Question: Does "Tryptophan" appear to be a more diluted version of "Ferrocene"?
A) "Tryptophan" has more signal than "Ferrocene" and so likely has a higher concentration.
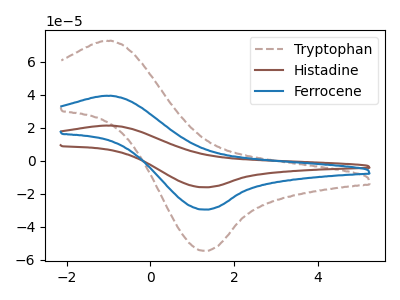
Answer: <think>The brown dashed curve "Tryptophan" has an anodic peak at (-0.95V, 72.75uA) and a cathodic peak at (1.25V, -54.45uA). The brown curve "Histadine" has an anodic peak at (-0.95V, 78.90uA) and a cathodic peak at (1.25V, -59.05uA). The blue curve "Ferrocene" has an anodic peak at (-0.95V, 39.45uA) and a cathodic peak at (1.25V, -29.50uA).
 All the peaks in "Tryptophan" have a peak in "Ferrocene" at the same potential. Every peak in "Tryptophan" is higher than every peak in "Ferrocene".</think>
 <answer>A) "Tryptophan" has more signal than "Ferrocene" and so likely has a higher concentration.</answer>
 <eval>A</eval>